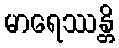
မာရေဿန္တိ